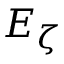
E _ { \zeta }